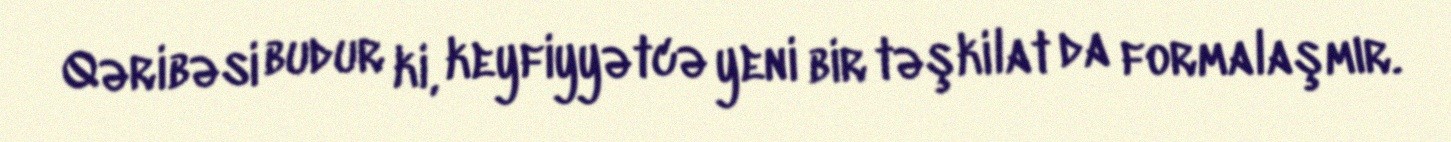
Qəribəsi budur ki, keyfiyyətcə yeni bir təşkilat da formalaşmır.